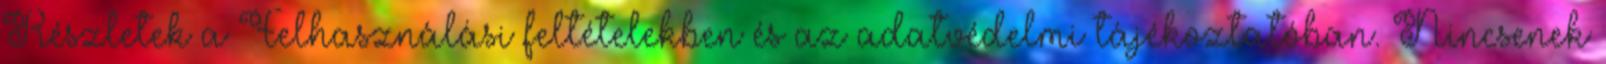
Részletek a Felhasználási feltételekben és az adatvédelmi tájékoztatóban. Nincsenek